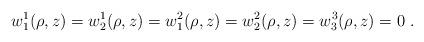
LaTeX: \begin{align*}w_1^1(\rho,z)=w_2^1(\rho,z)=w_1^2(\rho,z)= w_2^2(\rho,z)=w_3^3(\rho,z)=0 \ .\end{align*}